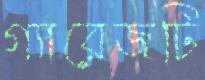
গ্যারেজটি